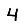
Digit: 4